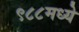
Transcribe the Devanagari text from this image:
९८८मध्ये